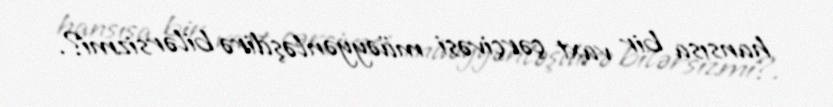
hansısa bir vaxt çərçivəsi müəyyənləşdirə bilərsizmi?.